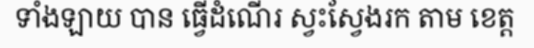
ទាំងឡាយ បាន ធ្វើដំណើរ ស្វះស្វែងរក តាម ខេត្ត